Leprosy in India: report of the Leprosy Commission in India, 1890-91
Year: 1890
Disease focus: Leprosy
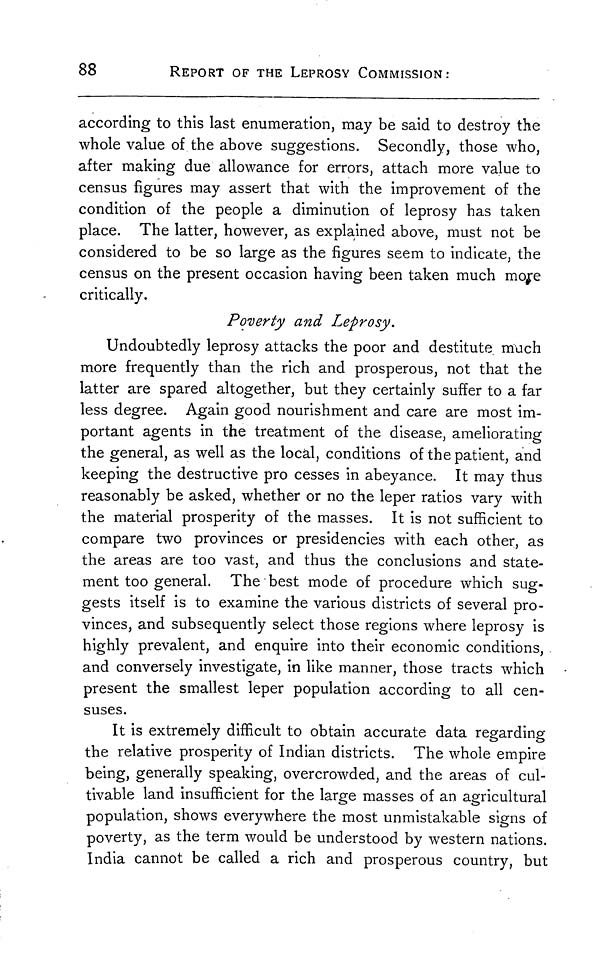
88
REPORT OF THE LEPROSY COMMISSION:
according to this last enumeration, may be said to destroy the
whole value of the above suggestions. Secondly, those who,
after making due allowance for errors, attach more value to
census figures may assert that with the improvement of the
condition of the people a diminution of leprosy has taken
place. The latter, however, as explained above, must not be
considered to be so large as the figures seem to indicate, the
census on the present occasion having been taken much more
critically.
Poverty and Leprosy.
Undoubtedly leprosy attacks the poor and destitute much
more frequently than the rich and prosperous, not that the
latter are spared altogether, but they certainly suffer to a far
less degree. Again good nourishment and care are most im-
portant agents in the treatment of the disease, ameliorating
the general, as well as the local, conditions of the patient, and
keeping the destructive pro cesses in abeyance. It may thus
reasonably be asked, whether or no the leper ratios vary with
the material prosperity of the masses. It is not sufficient to
compare two provinces or presidencies with each other, as
the areas are too vast, and thus the conclusions and state-
ment too general. The best mode of procedure which sug-
gests itself is to examine the various districts of several pro-
vinces, and subsequently select those regions where leprosy is
highly prevalent, and enquire into their economic conditions,
and conversely investigate, in like manner, those tracts which
present the smallest leper population according to all cen-
suses.
It is extremely difficult to obtain accurate data regarding
the relative prosperity of Indian districts. The whole empire
being, generally speaking, overcrowded, and the areas of cul-
tivable land insufficient for the large masses of an agricultural
population, shows everywhere the most unmistakable signs of
poverty, as the term would be understood by western nations.
India cannot be called a rich and prosperous country, but